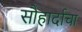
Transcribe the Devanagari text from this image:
सौहार्दाचा